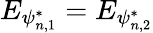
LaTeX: E_{\psi_{n,1}^{*}}=E_{\psi_{n,2}^{*}}